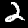
Label: 2